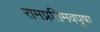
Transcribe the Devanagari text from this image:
रामप्रतिमवपुषा